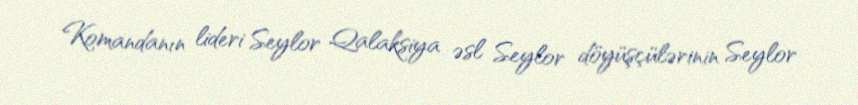
Komandanın lideri Seylor Qalaksiya əsl Seylor döyüşçülərinin Seylor